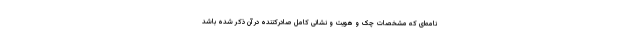
نامه‌ای که مشخصات چک و هویت و نشانی کامل صادرکننده در آن ذکر شده باشد